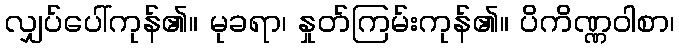
လျှပ်ပေါ်ကုန်၏။ မုခရာ၊ နှုတ်ကြမ်းကုန်၏။ ပိကိဏ္ဏဝါစာ၊